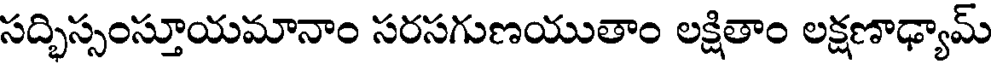
సద్భిస్సంస్తూయమానాం సరసగుణయుతాం లక్షితాం లక్షణాఢ్యామ్